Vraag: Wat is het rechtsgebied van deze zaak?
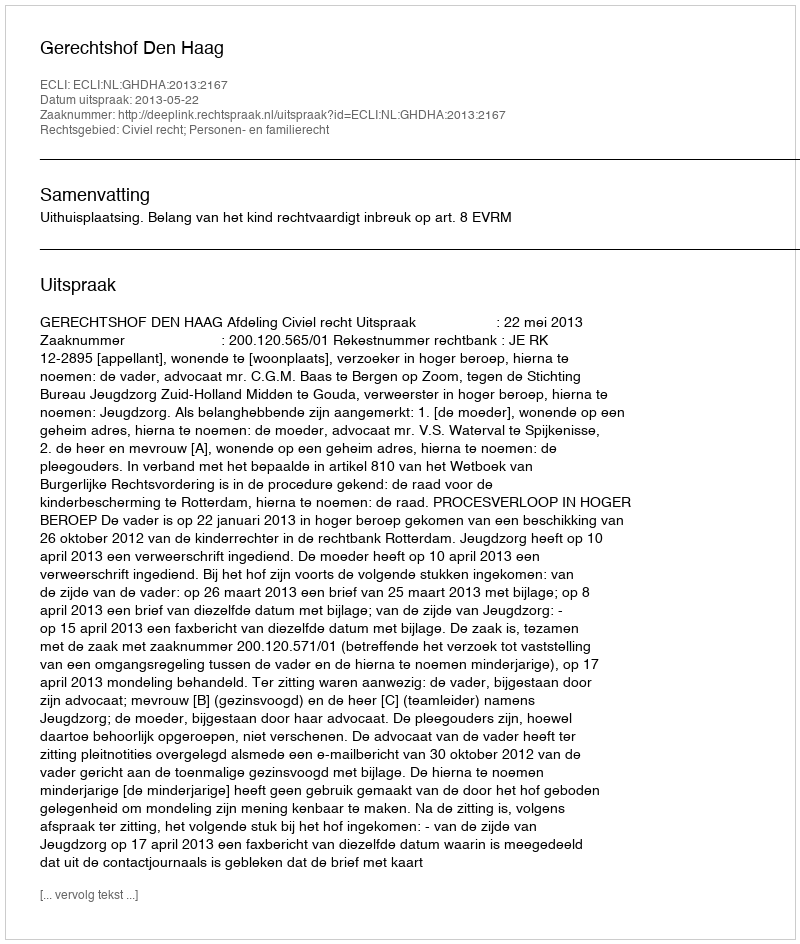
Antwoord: Civiel recht; Personen- en familierecht